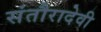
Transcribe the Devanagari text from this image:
संतौरादेवी